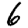
Digit: 6